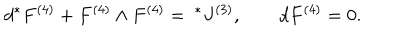
d { } ^ { * } F ^ { ( 4 ) } + F ^ { ( 4 ) } \wedge F ^ { ( 4 ) } = { ~ } ^ { * } J ^ { ( 3 ) } , \qquad d { } F ^ { ( 4 ) } = 0 .